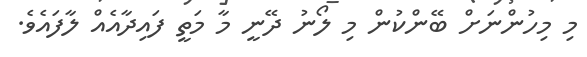
މި މިހުންނަށް ބޭންކުން މި ލޯނު ދޭނީ މާ މަތީ ފައިދާއެއް ލާފައެވެ.